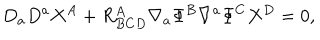
D _ { a } D ^ { a } X ^ { A } + R _ { B C D } ^ { A } \nabla _ { a } \Phi ^ { B } \nabla ^ { a } \Phi ^ { C } X ^ { D } = 0 ,